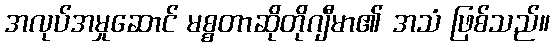
အလုပ်အမှုဆောင် မစ္စတာဆိုတိုဂျီမာ၏ အသံ ဖြစ်သည်။